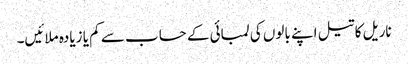
ناریل کا تیل اپنے بالوں کی لمبائی کے حساب سے کم یا زیادہ ملائیں۔